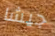
جيشا